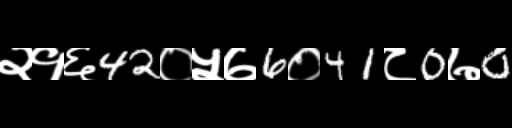
Text: २१६42०५७6०41८0७0